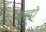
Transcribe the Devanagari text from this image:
परदो